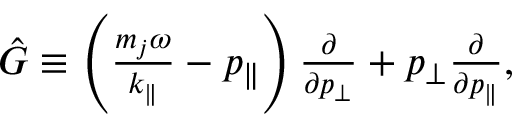
\begin{array} { r } { \hat { G } \equiv \left( \frac { m _ { j } \omega } { k _ { \parallel } } - p _ { \parallel } \right) \frac { \partial } { \partial p _ { \perp } } + p _ { \perp } \frac { \partial } { \partial p _ { \parallel } } , } \end{array}